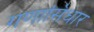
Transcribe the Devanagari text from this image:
गणासिधार